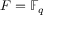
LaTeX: F = \mathbb { F } _ { q }